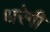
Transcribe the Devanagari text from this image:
धरेगी